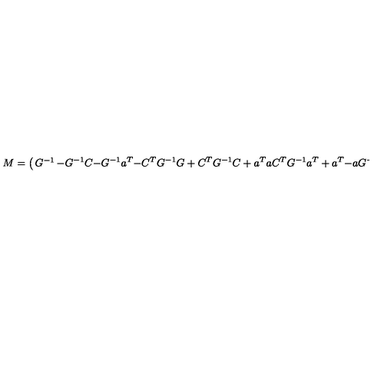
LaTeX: M = \left( \begin{matrix} { G ^ { - 1 } } & { - G ^ { - 1 } C } & { - G ^ { - 1 } a ^ { T } } \\ { - C ^ { T } G ^ { - 1 } } & { G + C ^ { T } G ^ { - 1 } C + a ^ { T } a } & { C ^ { T } G ^ { - 1 } a ^ { T } + a ^ { T } } \\ { - a G ^ { - 1 } } & { a G ^ { - 1 } C + a } & { I + a G ^ { - 1 } a ^ { T } } \\ \end{matrix} \right) ,